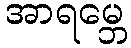
အာရမ္ဘေ